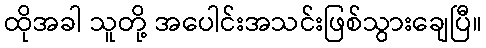
ထိုအခါ သူတို့ အပေါင်းအသင်းဖြစ်သွားချေပြီ။